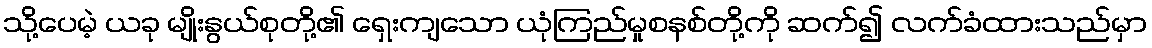
သို့ပေမဲ့ ယခု မျိုးနွယ်စုတို့၏ ရှေးကျသော ယုံကြည်မှုစနစ်တို့ကို ဆက်၍ လက်ခံထားသည်မှာ